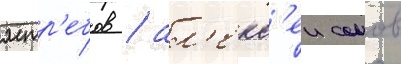
ястр'ебов / ал'екс'еи сомов